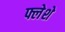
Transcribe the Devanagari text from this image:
फ्लेशे